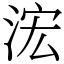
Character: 浤